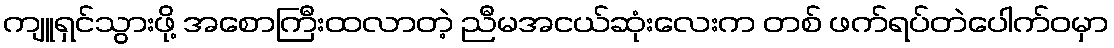
ကျူရှင်သွားဖို့ အစောကြီးထလာတဲ့ ညီမအငယ်ဆုံးလေးက တစ် ဖက်ရပ်တဲပေါက်ဝမှာ